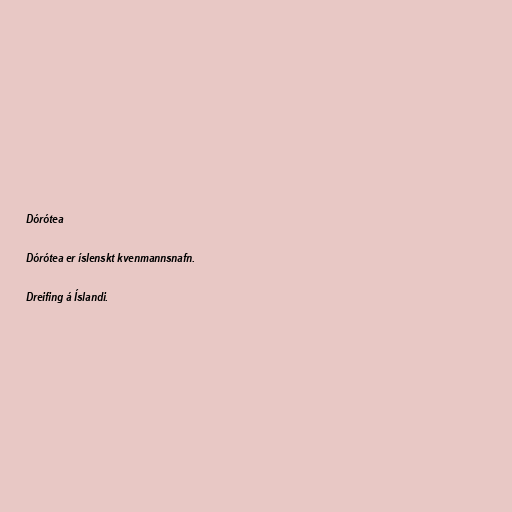
Dórótea

Dórótea er íslenskt kvenmannsnafn.

Dreifing á Íslandi.